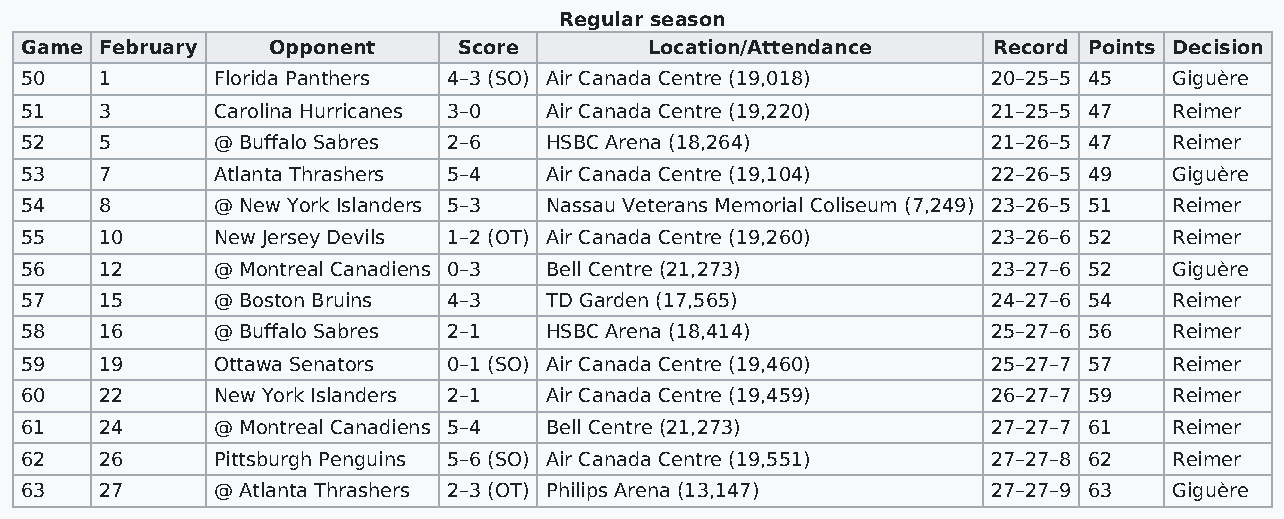
Regular season
 Game  February   Opponent    Score        Location/Attendance    Record Points Decision
 50    1      Florida Panthers 4–3 (SO) Air Canada Centre (19,018) 20–25–5 45 Giguère
 51    3      Carolina Hurricanes 3–0 Air Canada Centre (19,220)  21–25–5 47  Reimer
 52    5      @ Buffalo Sabres 2–6  HSBC Arena (18,264)           21–26–5 47  Reimer
 53    7      Atlanta Thrashers 5–4 Air Canada Centre (19,104)    22–26–5 49  Giguère
 54    8      @ New York Islanders 5–3 Nassau Veterans Memorial Coliseum (7,249) 23–26–5 51 Reimer
 55    10     New Jersey Devils 1–2 (OT) Air Canada Centre (19,260) 23–26–6 52 Reimer
 56    12     @ Montreal Canadiens 0–3 Bell Centre (21,273)       23–27–6 52  Giguère
 57    15     @ Boston Bruins 4–3   TD Garden (17,565)            24–27–6 54  Reimer
 58    16     @ Buffalo Sabres 2–1  HSBC Arena (18,414)           25–27–6 56  Reimer
 59    19     Ottawa Senators 0–1 (SO) Air Canada Centre (19,460) 25–27–7 57  Reimer
 60    22     New York Islanders 2–1 Air Canada Centre (19,459)   26–27–7 59  Reimer
 61    24     @ Montreal Canadiens 5–4 Bell Centre (21,273)       27–27–7 61  Reimer
 62    26     Pittsburgh Penguins 5–6 (SO) Air Canada Centre (19,551) 27–27–8 62 Reimer
 63    27     @ Atlanta Thrashers 2–3 (OT) Philips Arena (13,147) 27–27–9 63  Giguère